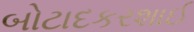
બોટાદકરશાઈ